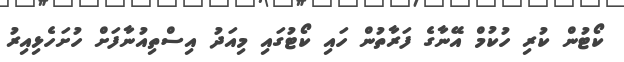
ކޯޓުން ކުރި ހުކުމް އޭނާގެ ފަރާތުން ހައި ކޯޓުގައި މިއަދު އިސްތިއުނާފަށް ހުށަހެޅިއިރު